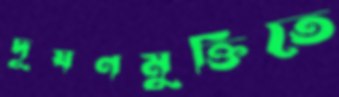
দূষণমুক্তিতে